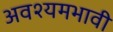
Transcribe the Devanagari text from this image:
अवश्यमभावी